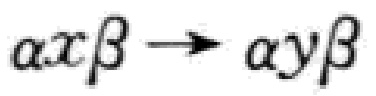
\(\alpha x\beta \rightarrow \alpha y\beta\)